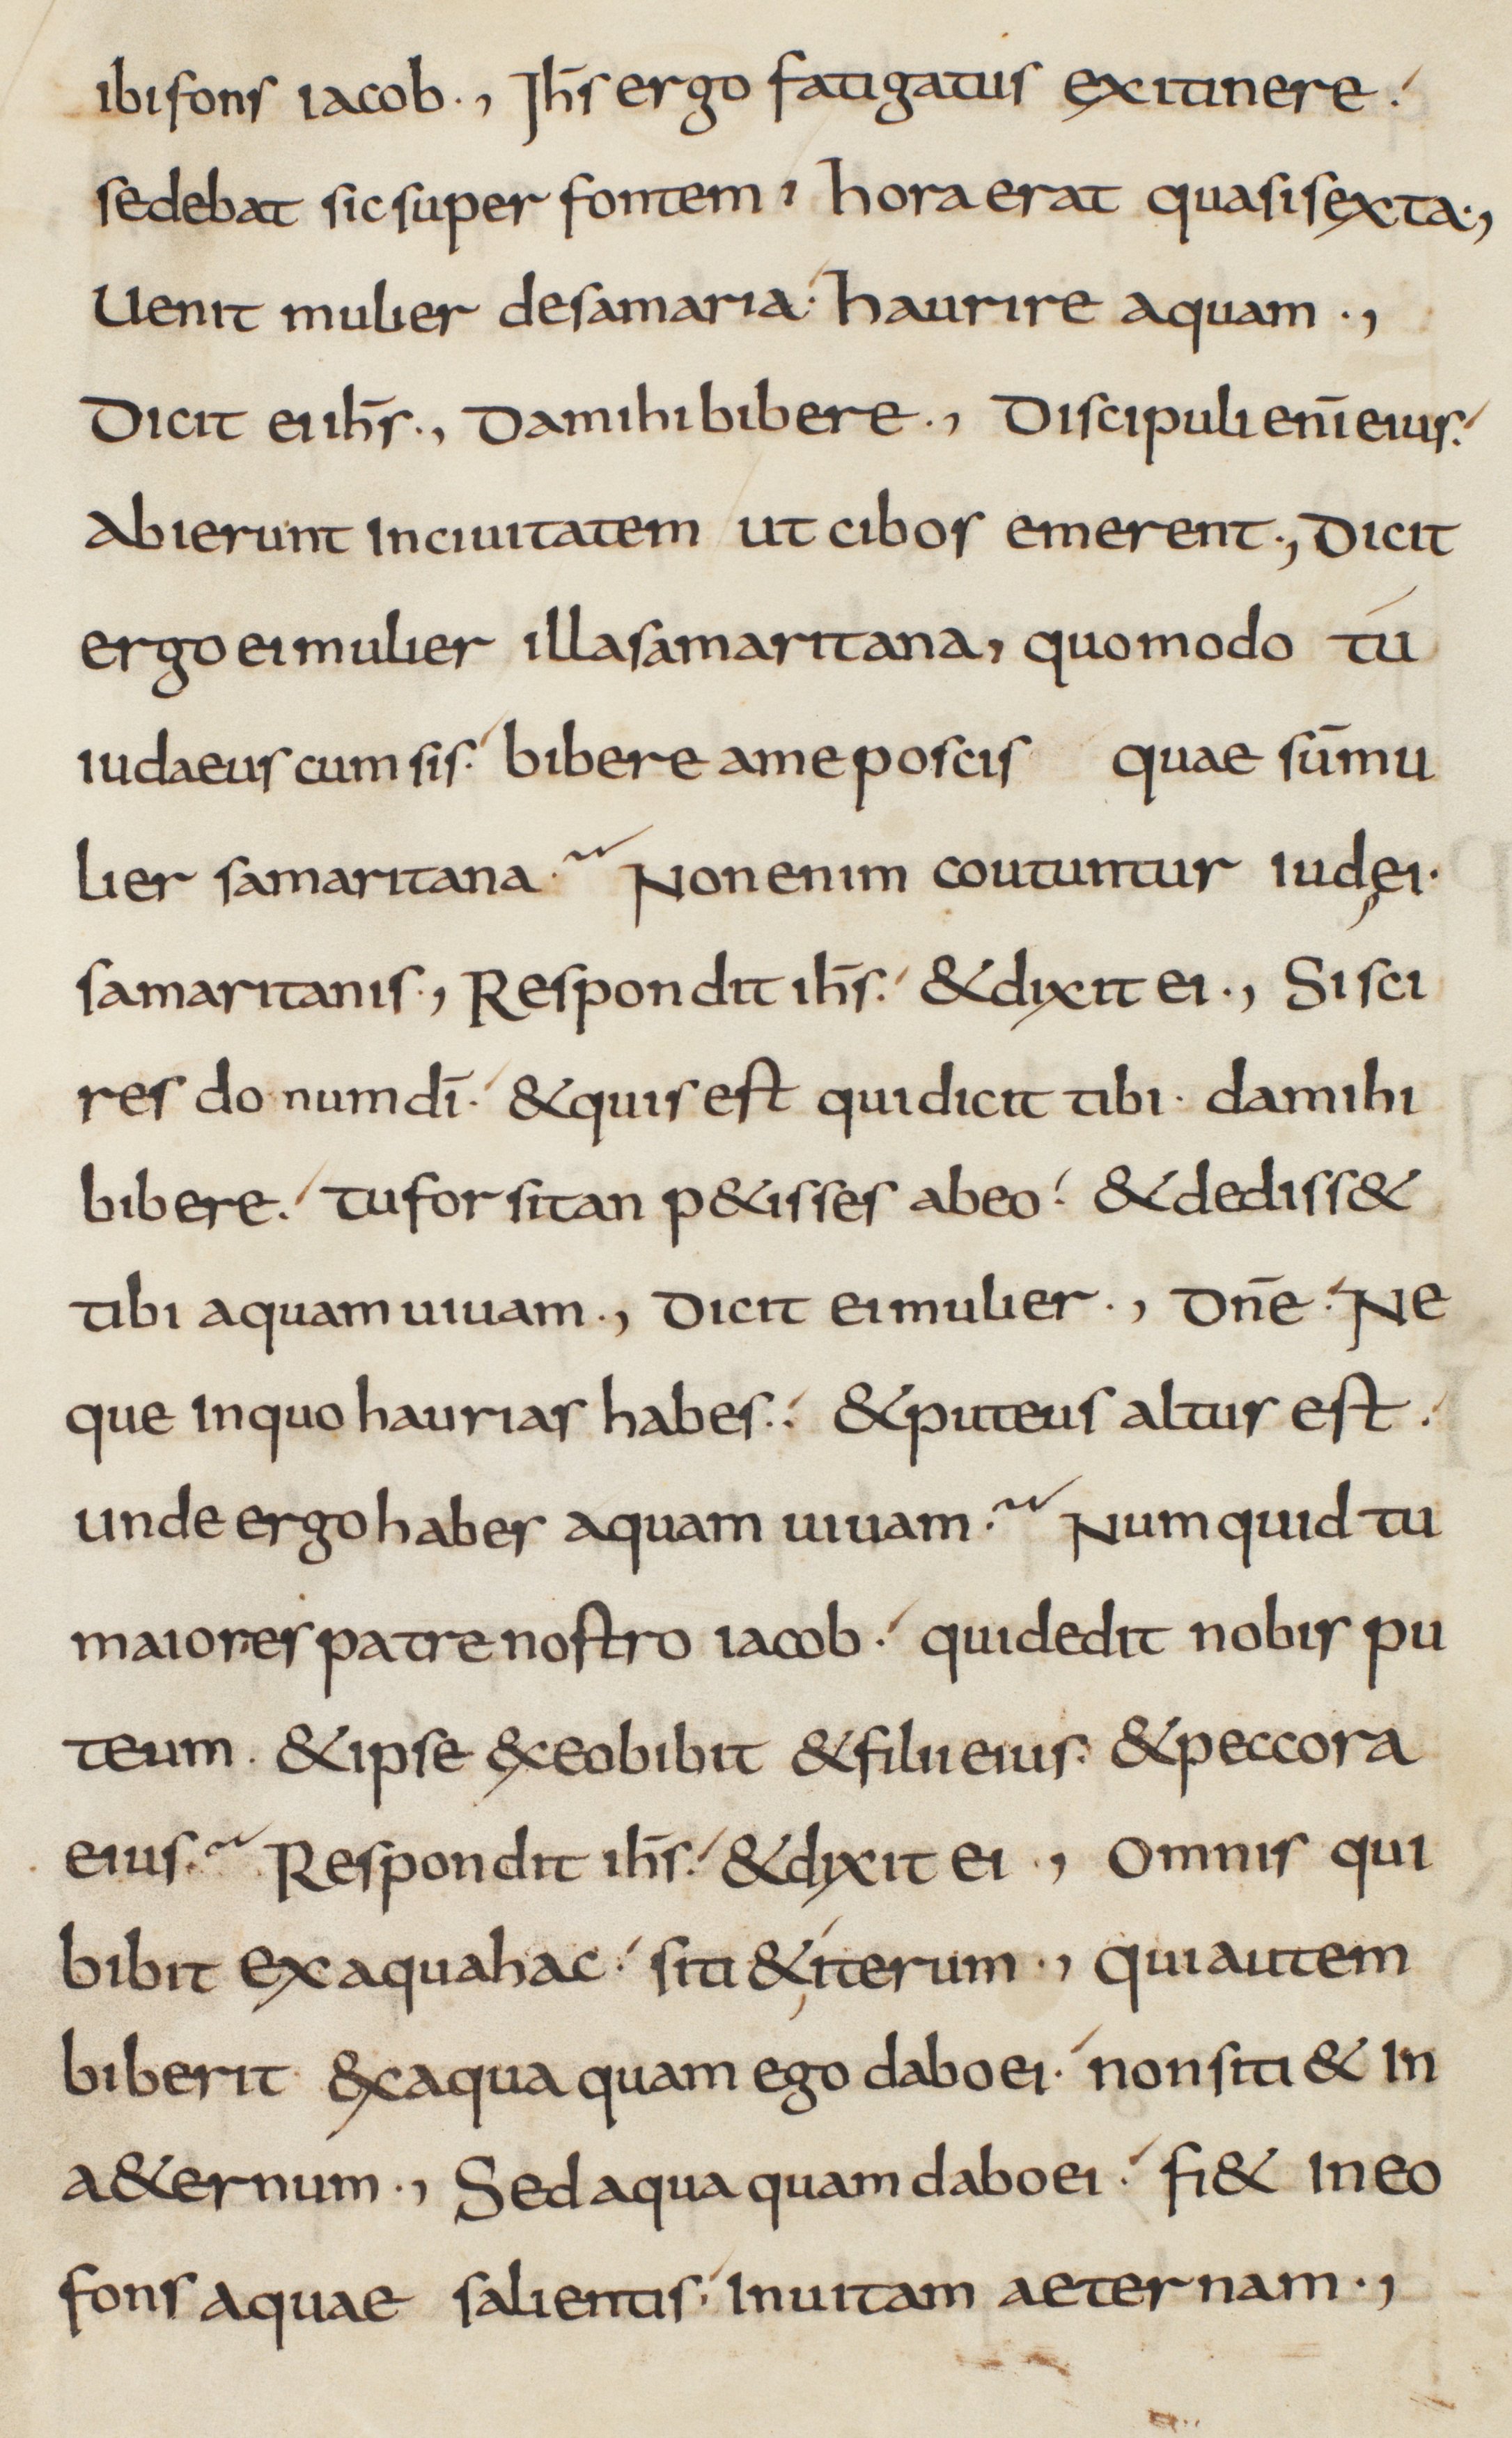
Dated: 825–849